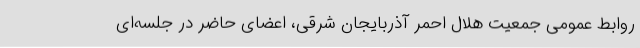
روابط عمومی جمعیت هلال احمر آذربایجان شرقی، اعضای حاضر در جلسه‌ای